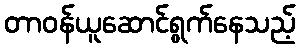
တာဝန်ယူဆောင်ရွက်နေသည့်